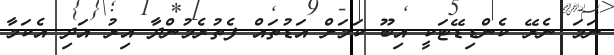
ނަމަ ނެރޭ ކެންޑިޑޭޓަކީ އިބޫ ކަމަށް އަޑުތައް ފެތުރެމުންދާ އިރު އަދި އެކަމާ